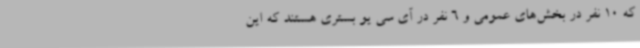
که 10 نفر در بخش‌های عمومی و 6 نفر در آی سی یو بستری هستند که این